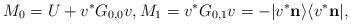
LaTeX: \begin{align*}M_0=U+v^*G_{0,0}v,M_1=v^*G_{0,1}v=-|v^*\mathbf n\rangle\langle v^*\mathbf n|,\end{align*}